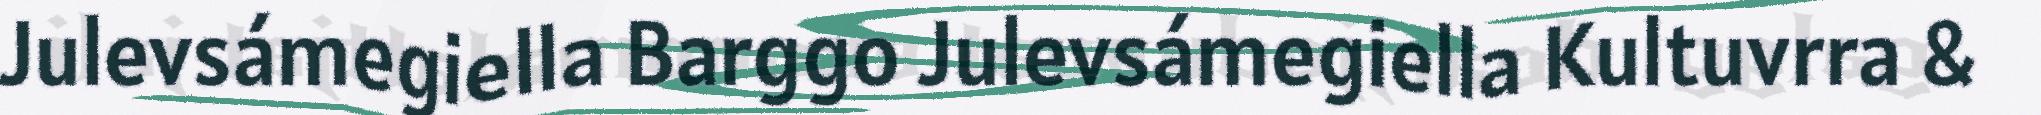
Julevsámegiella Barggo Julevsámegiella Kultuvrra &